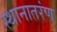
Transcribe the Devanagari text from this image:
स्थानातरंण